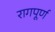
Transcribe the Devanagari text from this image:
रागपूर्ण